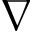
\nabla